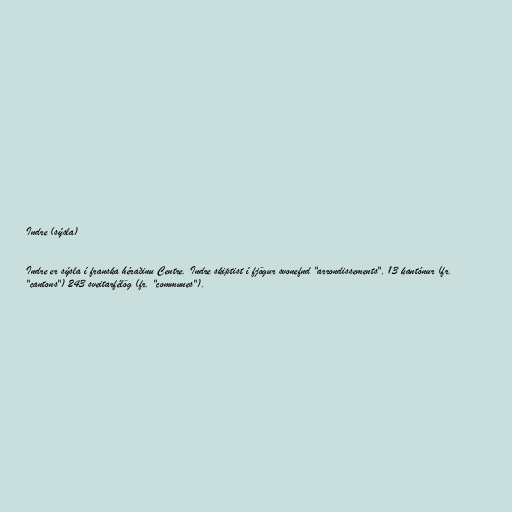
Indre (sýsla)

Indre er sýsla í franska héraðinu Centre. Indre skiptist í fjögur svonefnd "arrondissements", 13 kantónur (fr.
"cantons") 243 sveitarfélög (fr. "communes").